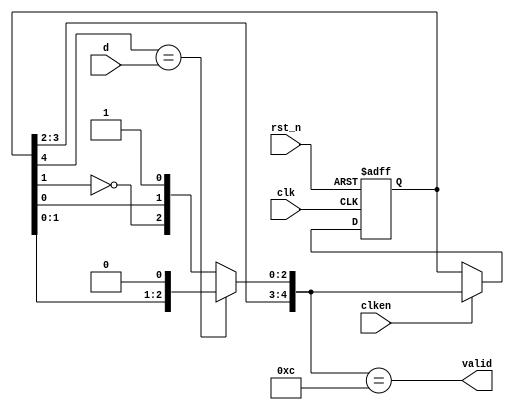
module usb_crc5(
    input rst_n,
    input clk,
    input clken,
    input d,
    output valid
    );

reg[4:0] r;
reg[4:0] next;

wire top = r[4];
assign valid = (next == 5'b01100);

always @(*) begin
    if (top == d)
        next = { r[3], r[2], r[1], r[0], 1'b0 };
    else
        next = { r[3], r[2], !r[1], r[0], 1'b1 };
end

always @(posedge clk or negedge rst_n) begin
    if (!rst_n) begin
        r <= 5'b11111;
    end else if (clken) begin
        r <= next;
    end
end

endmodule

//---------------------------------------------------------------------
module usb_crc16(
    input rst_n,
    input clk,
    input clken,
    input d,
    
    input dump,
    output out,
    output valid
    );

reg[15:0] r;
reg[15:0] next;

assign out = r[15];
assign valid = (next == 16'b1000000000001101);

always @(*) begin
    if (dump || out == d)
        next = { r[14:0], 1'b0 };
    else
        next = { !r[14], r[13:2], !r[1], r[0], 1'b1 };
end

always @(posedge clk or negedge rst_n) begin
    if (!rst_n) begin
        r <= 16'hffff;
    end else if (clken) begin
        r <= next;
    end
end

endmodule

//---------------------------------------------------------------------
module usb_clk_recovery(
    input rst_n,
    input clk,
    input i,
    output strobe
    );

reg[1:0] cntr;
reg prev_i;

assign strobe = cntr == 1'b0;

always @(posedge clk or negedge rst_n) begin
    if (!rst_n) begin
        cntr <= 1'b0;
        prev_i <= 1'b0;
    end else begin
        if (i == prev_i) begin
            cntr <= cntr - 1'b1;
        end else begin
            cntr <= 1'b1;
        end
        prev_i <= i;
    end
end

endmodule

//---------------------------------------------------------------------
module usb_bit_destuff(
    input rst_n,
    input clk,
    input clken,
    input d,
    output strobe);

reg[6:0] data;
assign strobe = clken && (data != 7'b0111111);

always @(posedge clk or negedge rst_n) begin
    if (!rst_n) begin
        data <= 7'b0000000;
    end else if (clken) begin
        data <= { data[5:0], d };
    end
end

endmodule

//---------------------------------------------------------------------
module usb_sync_detect(
    input rst_n,
    input clk,
    input clken,
    input j,
    input se0,
    output sync);

// 3KJ's followed by 2K's
reg[6:0] data;
assign sync = (data == 7'b0101010 && !j && !se0);

always @(posedge clk or negedge rst_n) begin
    if (!rst_n) begin
        data <= 1'd0;
    end else if (clken) begin
        data <= { data[5:0], j || se0 };
    end
end

endmodule

//---------------------------------------------------------------------
module usb_reset_detect(
    input rst_n,
    input clk,
    input se0,
    output usb_rst);

localparam cntr_rst_val = 19'd480000;

reg[18:0] cntr;
assign usb_rst = cntr == 1'b0;

always @(posedge clk or negedge rst_n) begin
    if (!rst_n) begin
        cntr <= cntr_rst_val;
    end else begin
        if (se0) begin
            if (!usb_rst)
                cntr <= cntr - 1'b1;
        end else begin
            cntr <= cntr_rst_val;
        end
    end
end

endmodule